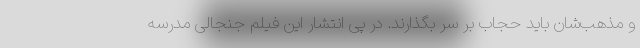
و مذهب‌شان باید حجاب بر سر بگذارند. در پی انتشار این فیلم جنجالی مدرسه